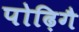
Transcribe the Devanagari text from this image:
पोढ़िगै